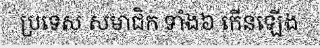
ប្រទេស សមាជិក ទាំង៦ កើនឡើង